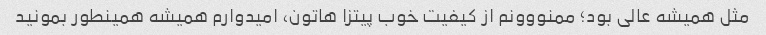
مثل همیشه عالی بود؛ ممنووونم از کیفیت خوب پیتزا هاتون، امیدوارم همیشه همینطور بمونید